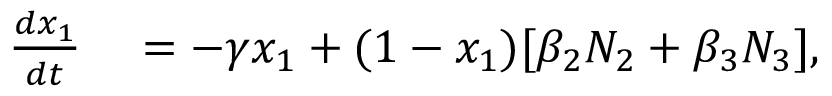
\begin{array} { r l } { \frac { d x _ { 1 } } { d t } } & { { } = - \gamma x _ { 1 } + ( 1 - x _ { 1 } ) [ \beta _ { 2 } N _ { 2 } + \beta _ { 3 } N _ { 3 } ] , } \end{array}